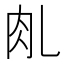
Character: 𰭾